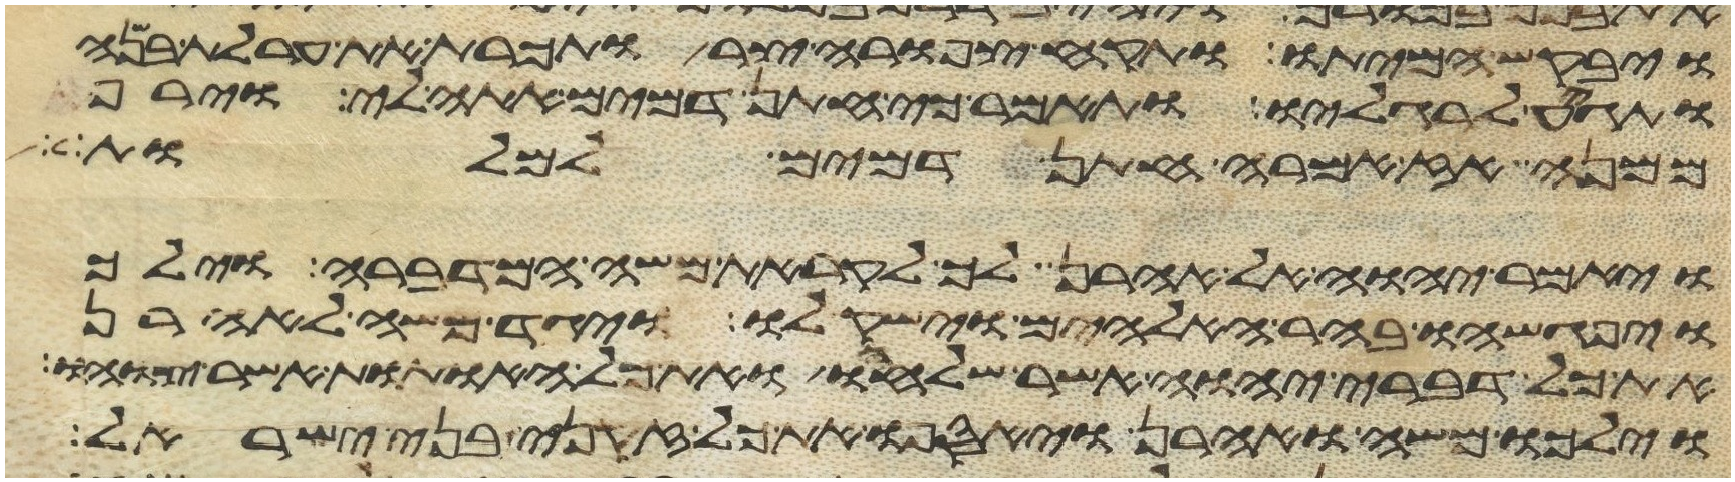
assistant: ויבקש המיתו ותקח צפורה צר ותכרת את ערלת בנה
ותגיע לרגליו ותאמר כי חתן דמים אתה לי וירף
ממנה אז אמרה חתן דמים למלות
ויאמר יהוה אל אהרן לך לקראת משה המדברה וילך
ויפגשהו בהר האלהים וישק לו ויגד משה לאהרן
את כל דברי יהוה אשר שלחו ואת כל האתות אשר צוהו
וילכו משה ואהרן ויאספו את כל זקני בני ישראל